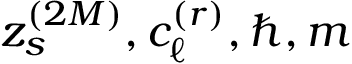
z _ { s } ^ { ( 2 M ) } , c _ { \ell } ^ { ( r ) } , \hbar , m